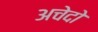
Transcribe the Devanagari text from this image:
अचेदो